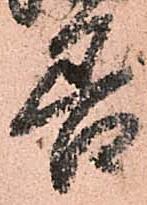
善